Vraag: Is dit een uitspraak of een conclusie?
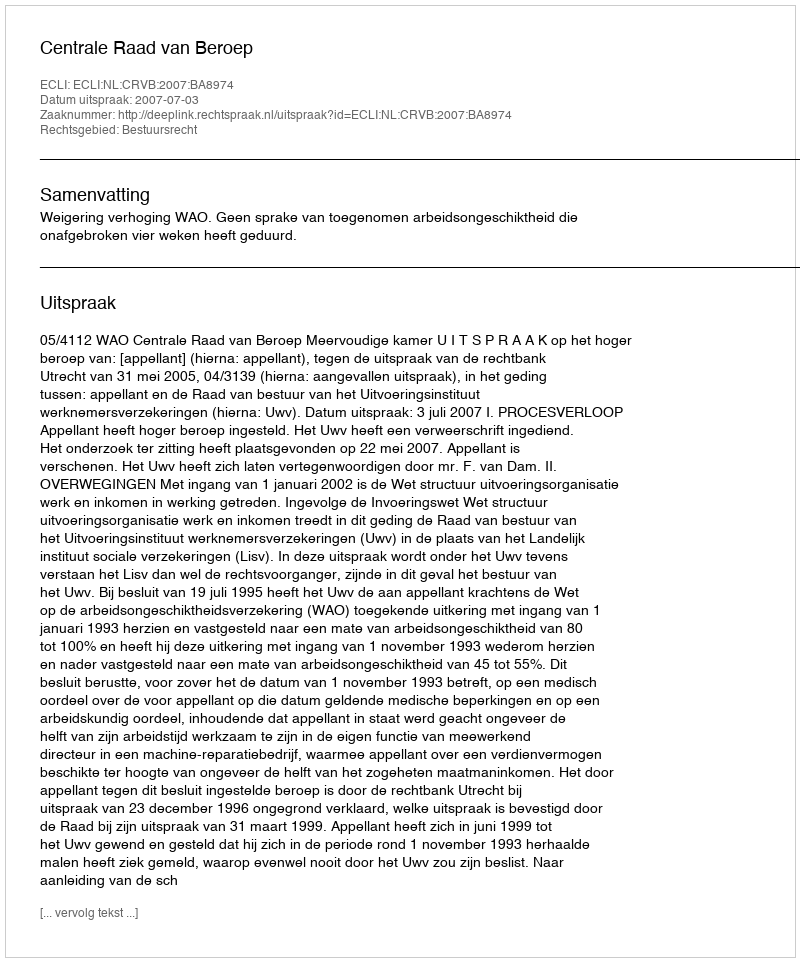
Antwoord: Uitspraak